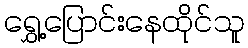
ရွှေ့ပြောင်းနေထိုင်သူ